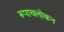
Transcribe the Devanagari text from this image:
रूपावलोकन